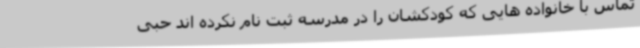
تماس با خانواده هایی که کودکشان را در مدرسه ثبت نام نکرده اند حبی